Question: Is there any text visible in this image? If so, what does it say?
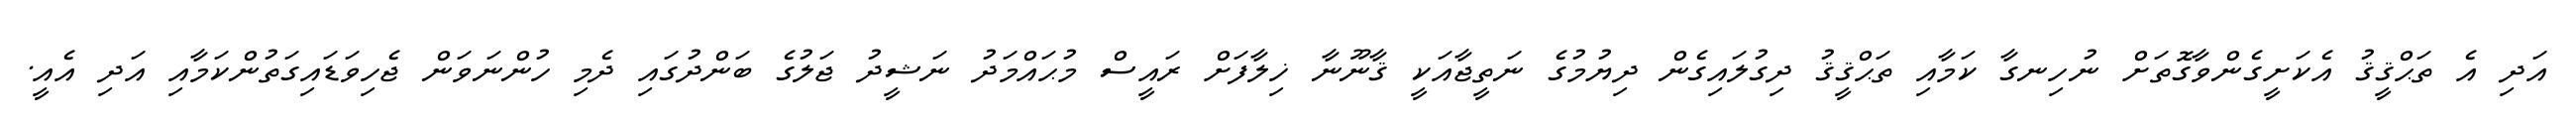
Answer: އަދި އެ ތަޙްޤީޤު އެކަށީގެންވާގޮތަށް ނުހިނގާ ކަމާއި ތަޙްޤީޤު ދިގުލައިގެން ދިޔުމުގެ ނަތީޖާއަކީ ޤާނޫނާ ޚިލާފަށް ރައީސް މުޙައްމަދު ނަޝީދު ޖަލުގެ ބަންދުގައި ދެމި ހުންނަވަން ޖެހިވަޑައިގަތުންކަމާއި އަދި އެއީ.